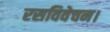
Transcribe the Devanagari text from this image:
रसविवेचन।